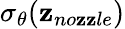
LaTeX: \sigma_{\theta}(\mathbf{z}_{no\mathbf{z}\mathbf{z}le})